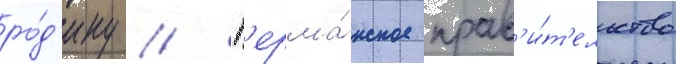
ро́д'ину // Г'ерма́нское прав'и́т'ельство